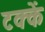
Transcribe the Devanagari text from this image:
टक्कें